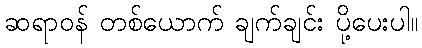
ဆရာဝန် တစ်ယောက် ချက်ချင်း ပို့ပေးပါ။